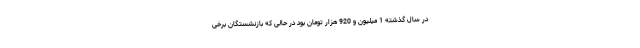
در سال گذشته 1 میلیون و 920 هزار تومان بود در حالی که بازنشستگان برخی